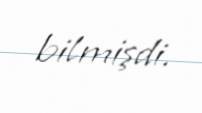
bilmişdi.